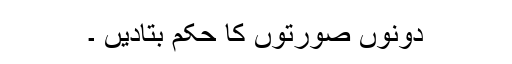
دونوں صورتوں کا حکم بتادیں ۔